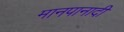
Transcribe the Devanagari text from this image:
मानपानादी